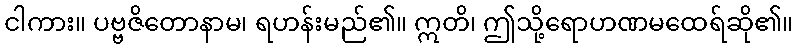
ငါကား။ ပဗ္ဗဇိတောနာမ၊ ရဟန်းမည်၏။ ဣတိ၊ ဤသို့ရောဟဏမထေရ်ဆို၏။